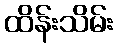
ထိန်းသိမ်း